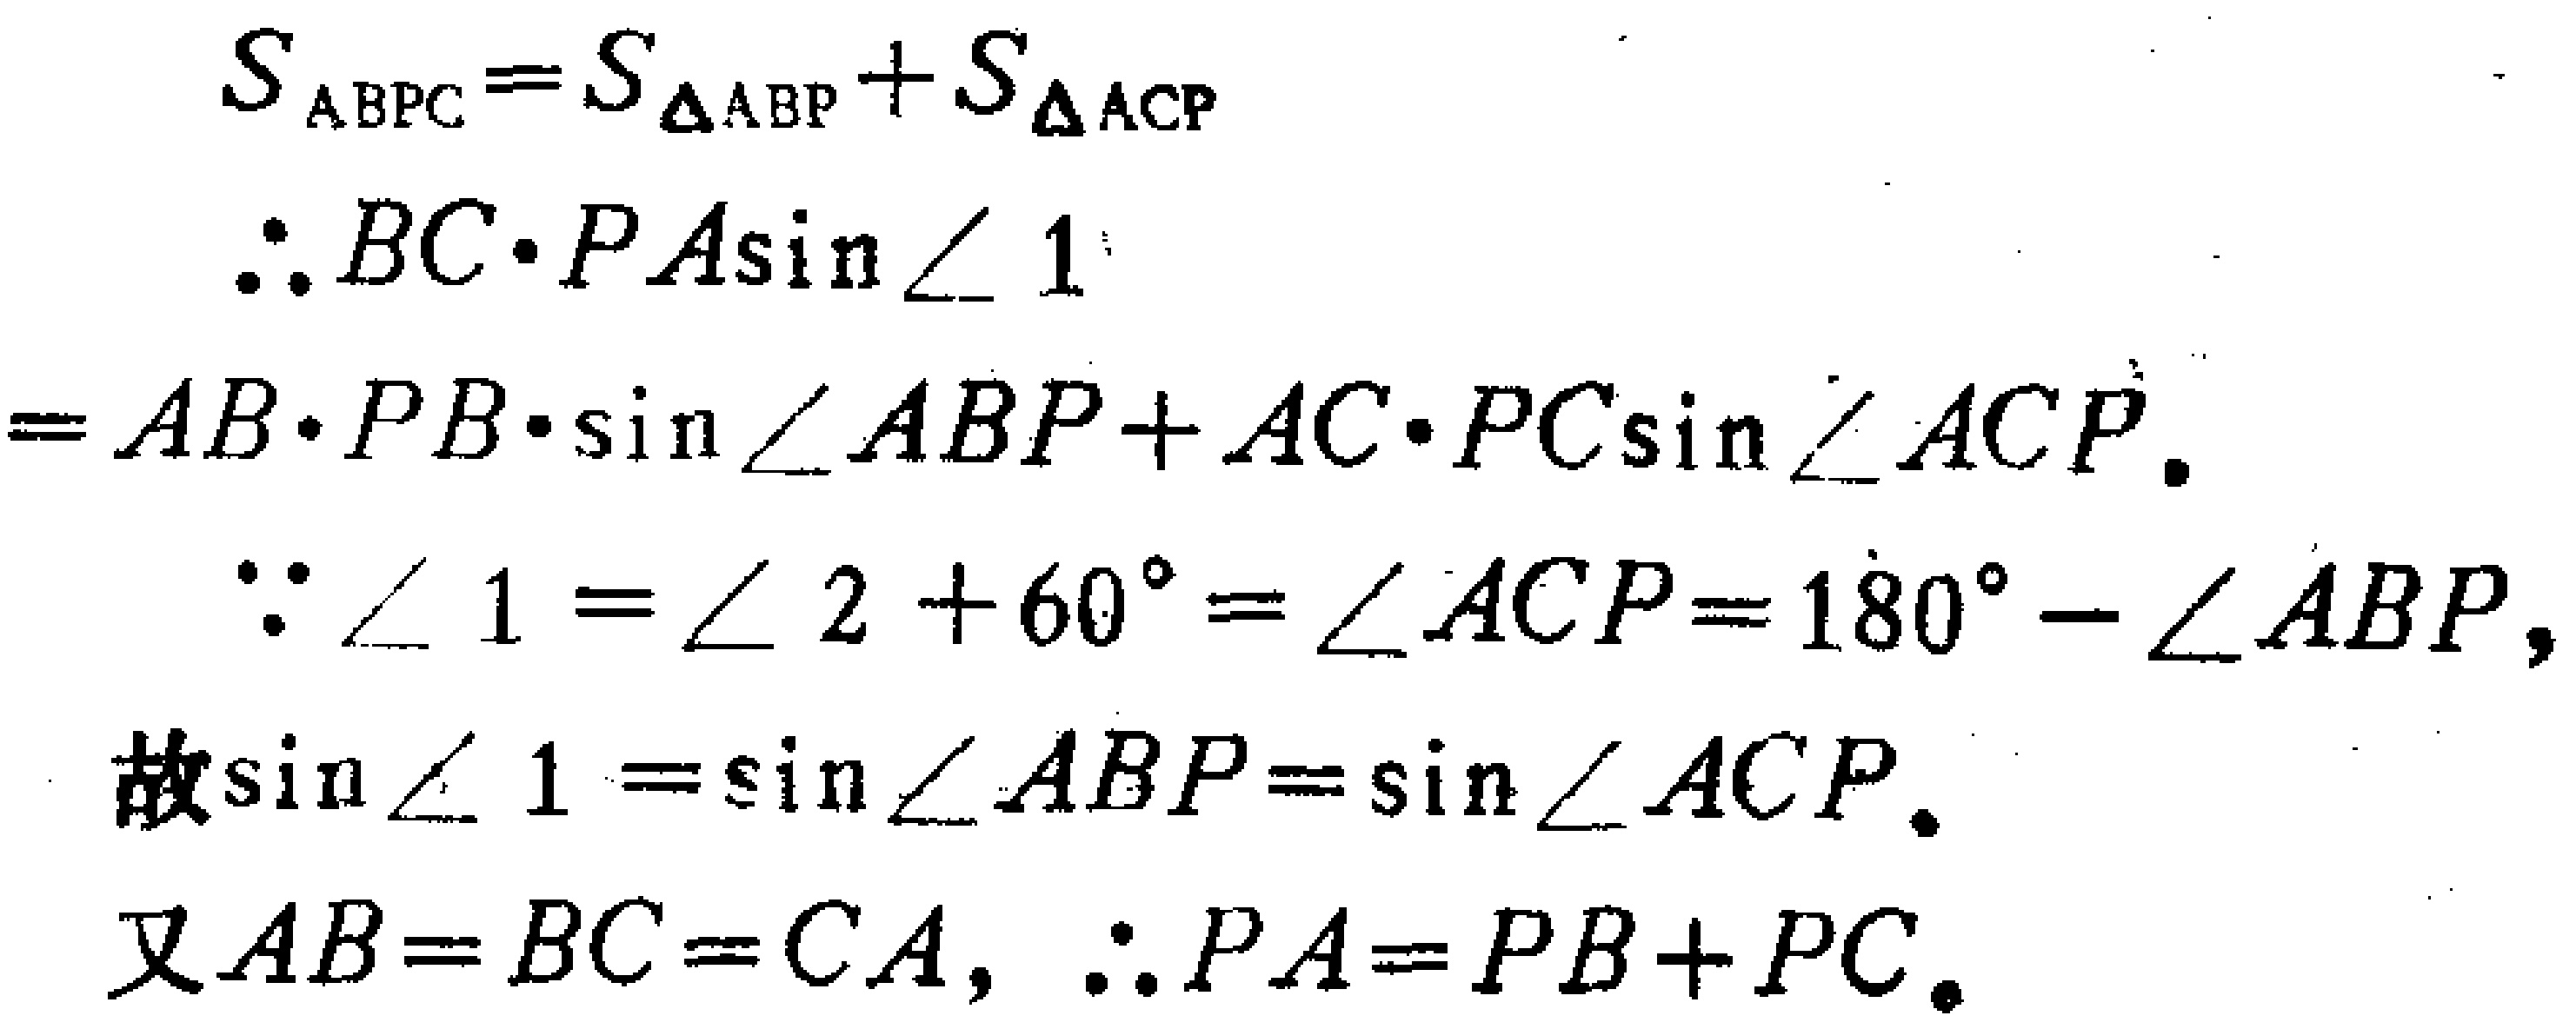
\begin{align*}
S_{ABPC}&=S_{\triangle ABP}+S_{\triangle ACP}\\
\therefore BC\cdot PA\sin\angle 1&\\
=AB\cdot PB\cdot\sin\angle ABP + AC\cdot PC\sin\angle ACP.\\
\because\angle 1=\angle 2 + 60^{\circ}=\angle ACP = 180^{\circ}-\angle ABP,\\
\text{故}\sin\angle 1&=\sin\angle ABP=\sin\angle ACP.\\
\text{又}AB = BC = CA, \therefore PA&=PB + PC.
\end{align*}